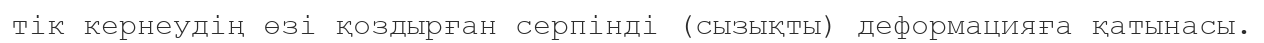
тік кернеудің өзі қоздырған серпінді (сызықты) деформацияға қатынасы.